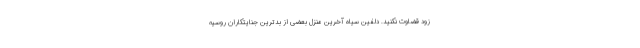
زود قضاوت نکنید. دلفین سیاه آخرین منزل بعضی از بدترین جنایتکاران روسیه